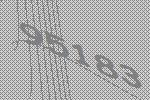
95183